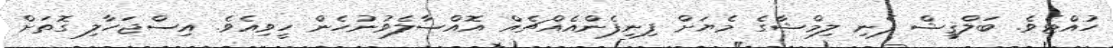
ހުއްޓެވެ. ބަލްޤީޝް ފެނި ލިމްޝާގެ މެޔަށް ފިނިފެންއެއްޗެއް އޮއްސާލެވުނުހެން ހީވިއެވެ. އިސްޖަހާލި ގޮތަށް